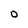
Character: O